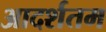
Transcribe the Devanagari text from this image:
आदर्शतम